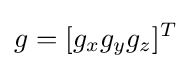
g=[g_{x}g_{y}g_{z}]^{T}